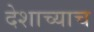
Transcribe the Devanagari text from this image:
देशाच्याच